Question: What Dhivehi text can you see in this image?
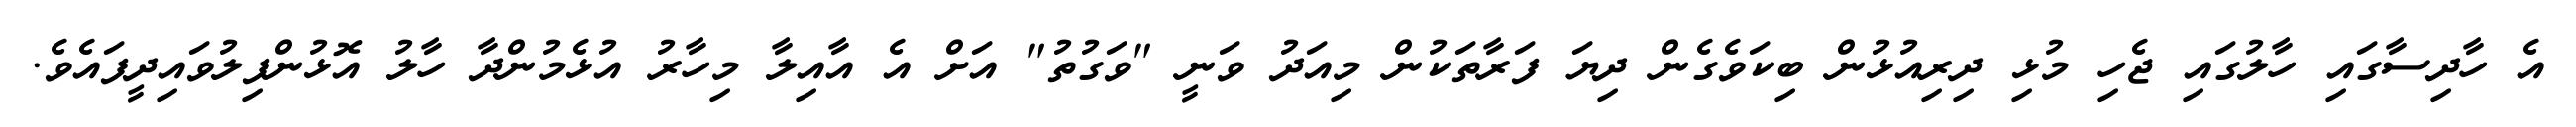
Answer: އެ ހާދިސާގައި ހާލުގައި ޖެހި މުޅި ދިރިއުޅުން ބިކަވެގެން ދިޔަ ފަރާތަކުން މިއަދު ވަނީ "ވަގުތު" އަށް އެ އާއިލާ މިހާރު އުޅެމުންދާ ހާލު އޮޅުންފިލުވައިދީފައެވެ.